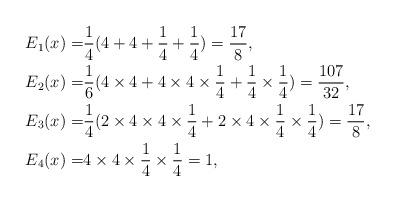
LaTeX: \begin{align*}E_1(x)=&\dfrac{1}{4}(4+4+\dfrac{1}{4}+\dfrac{1}{4})=\dfrac{17}{8},\\E_2(x)=&\dfrac{1}{6}(4\times 4+4\times 4\times\dfrac{1}{4}+\dfrac{1}{4}\times\dfrac{1}{4})=\dfrac{107}{32},\\E_3(x)=&\dfrac{1}{4}(2\times 4\times 4\times\dfrac{1}{4}+2\times 4\times\dfrac{1}{4}\times\dfrac{1}{4})=\dfrac{17}{8},\\E_4(x)=&4\times 4 \times\dfrac{1}{4}\times\dfrac{1}{4}=1,\end{align*}